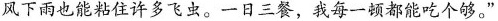
风下雨也能粘住许多飞虫。一日三餐，我每一顿都能吃个够。”